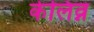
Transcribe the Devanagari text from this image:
केलिव्न